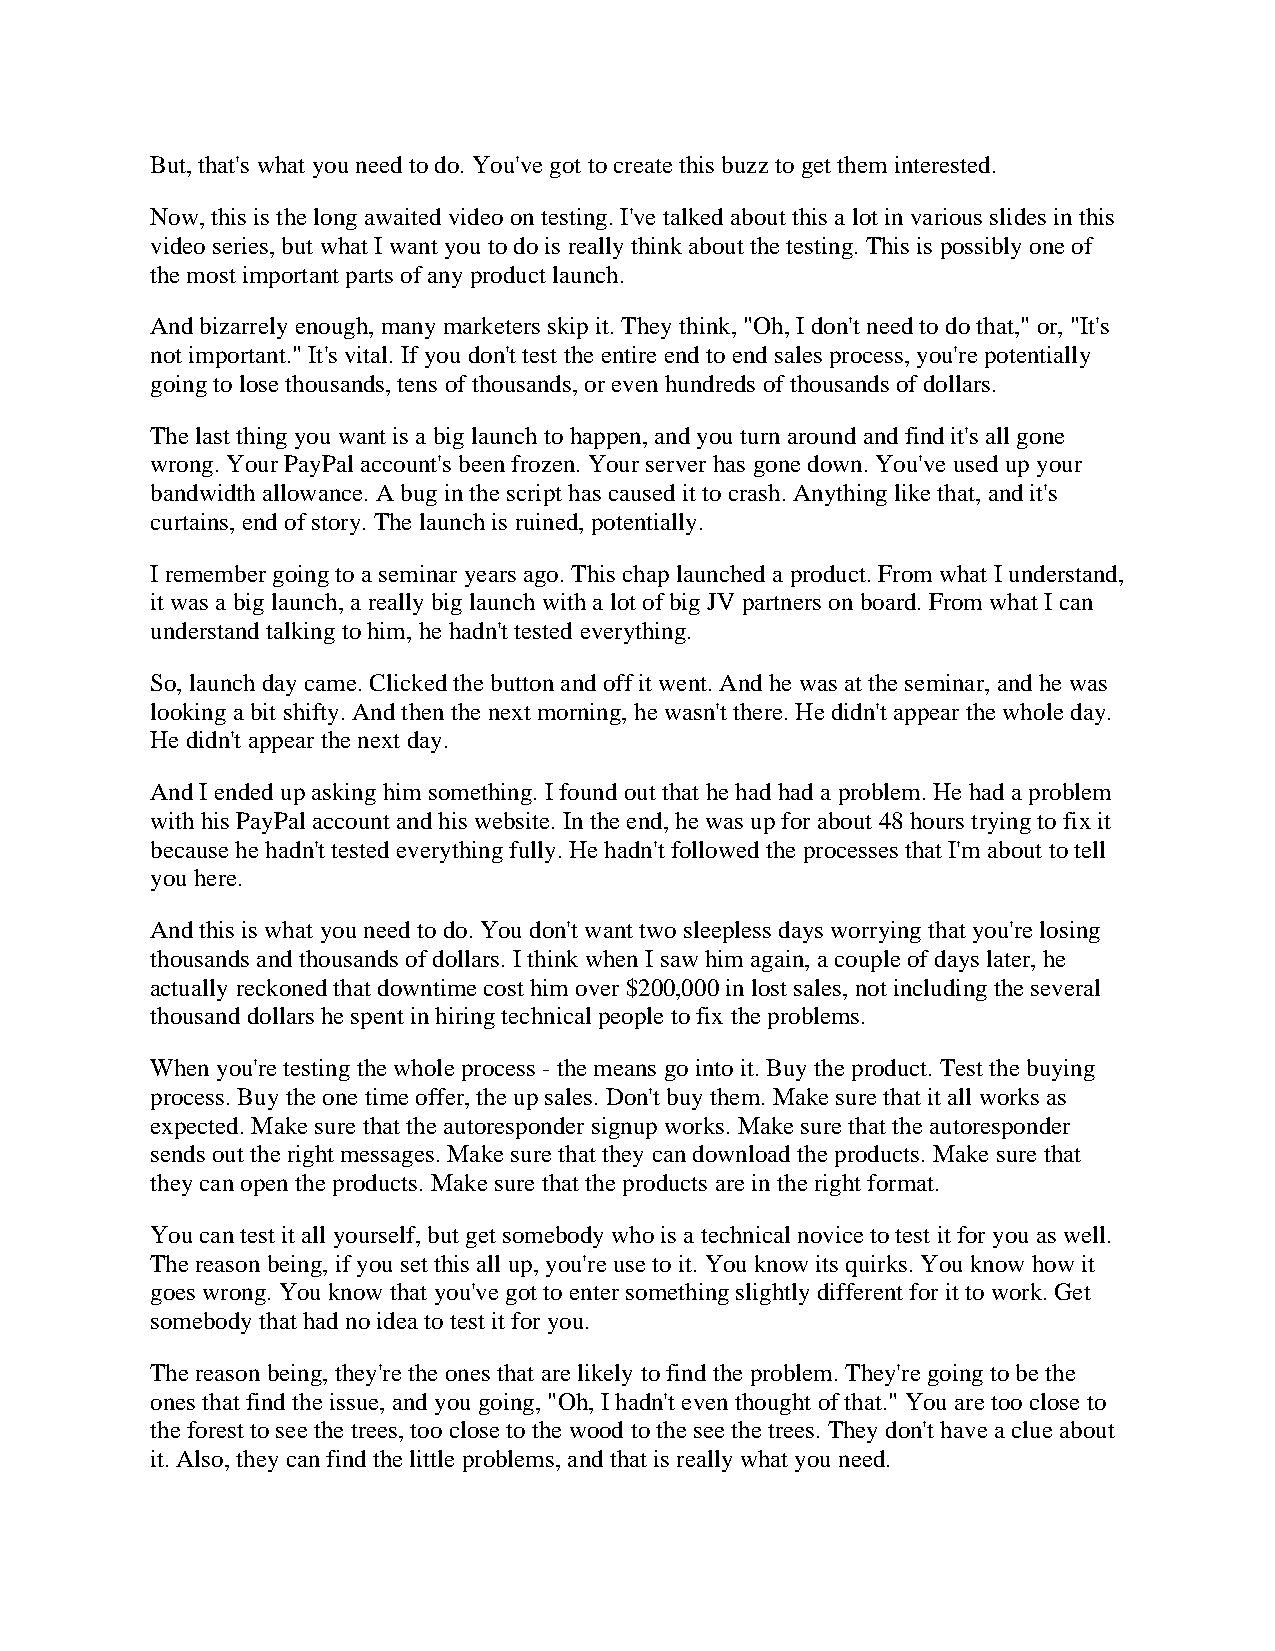
But, that's what you need to do. You've got to create this buzz to get them interested.
 Now, this is the long awaited video on testing. I've talked about this a lot in various slides in this
 video series, but what I want you to do is really think about the testing. This is possibly one of
 the most important parts of any product launch.
 And bizarrely enough, many marketers skip it. They think, "Oh, I don't need to do that," or, "It's
 not important." It's vital. If you don't test the entire end to end sales process, you're potentially
 going to lose thousands, tens of thousands, or even hundreds of thousands of dollars.
 The last thing you want is a big launch to happen, and you turn around and find it's all gone
 wrong. Your PayPal account's been frozen. Your server has gone down. You've used up your
 bandwidth allowance. A bug in the script has caused it to crash. Anything like that, and it's
 curtains, end of story. The launch is ruined, potentially.
 I remember going to a seminar years ago. This chap launched a product. From what I understand,
 it was a big launch, a really big launch with a lot of big JV partners on board. From what I can
 understand talking to him, he hadn't tested everything.
 So, launch day came. Clicked the button and off it went. And he was at the seminar, and he was
 looking a bit shifty. And then the next morning, he wasn't there. He didn't appear the whole day.
 He didn't appear the next day.
 And I ended up asking him something. I found out that he had had a problem. He had a problem
 with his PayPal account and his website. In the end, he was up for about 48 hours trying to fix it
 because he hadn't tested everything fully. He hadn't followed the processes that I'm about to tell
 you here.
 And this is what you need to do. You don't want two sleepless days worrying that you're losing
 thousands and thousands of dollars. I think when I saw him again, a couple of days later, he
 actually reckoned that downtime cost him over $200,000 in lost sales, not including the several
 thousand dollars he spent in hiring technical people to fix the problems.
 When you're testing the whole process - the means go into it. Buy the product. Test the buying
 process. Buy the one time offer, the up sales. Don't buy them. Make sure that it all works as
 expected. Make sure that the autoresponder signup works. Make sure that the autoresponder
 sends out the right messages. Make sure that they can download the products. Make sure that
 they can open the products. Make sure that the products are in the right format.
 You can test it all yourself, but get somebody who is a technical novice to test it for you as well.
 The reason being, if you set this all up, you're use to it. You know its quirks. You know how it
 goes wrong. You know that you've got to enter something slightly different for it to work. Get
 somebody that had no idea to test it for you.
 The reason being, they're the ones that are likely to find the problem. They're going to be the
 ones that find the issue, and you going, "Oh, I hadn't even thought of that." You are too close to
 the forest to see the trees, too close to the wood to the see the trees. They don't have a clue about
 it. Also, they can find the little problems, and that is really what you need.